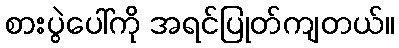
စားပွဲပေါ်ကို အရင်ပြုတ်ကျတယ်။